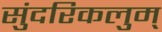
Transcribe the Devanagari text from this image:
सुंदरिकलुम्